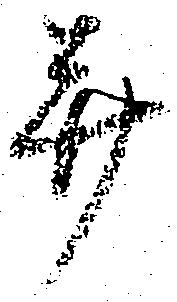
并